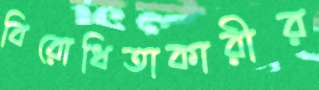
বিরোধিতাকারীর